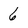
Character: 6